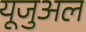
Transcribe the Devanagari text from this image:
यूजुअल